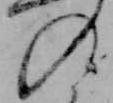
の